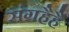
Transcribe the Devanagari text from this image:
संग्रहैहै